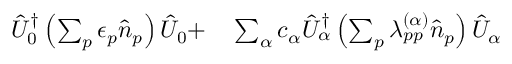
\begin{array} { r l } { \hat { U } _ { 0 } ^ { \dagger } \left( \sum _ { p } \epsilon _ { p } \hat { n } _ { p } \right) \hat { U } _ { 0 } + } & { { } \sum _ { \alpha } c _ { \alpha } \hat { U } _ { \alpha } ^ { \dagger } \left( \sum _ { p } \lambda _ { p p } ^ { ( \alpha ) } \hat { n } _ { p } \right) \hat { U } _ { \alpha } } \end{array}